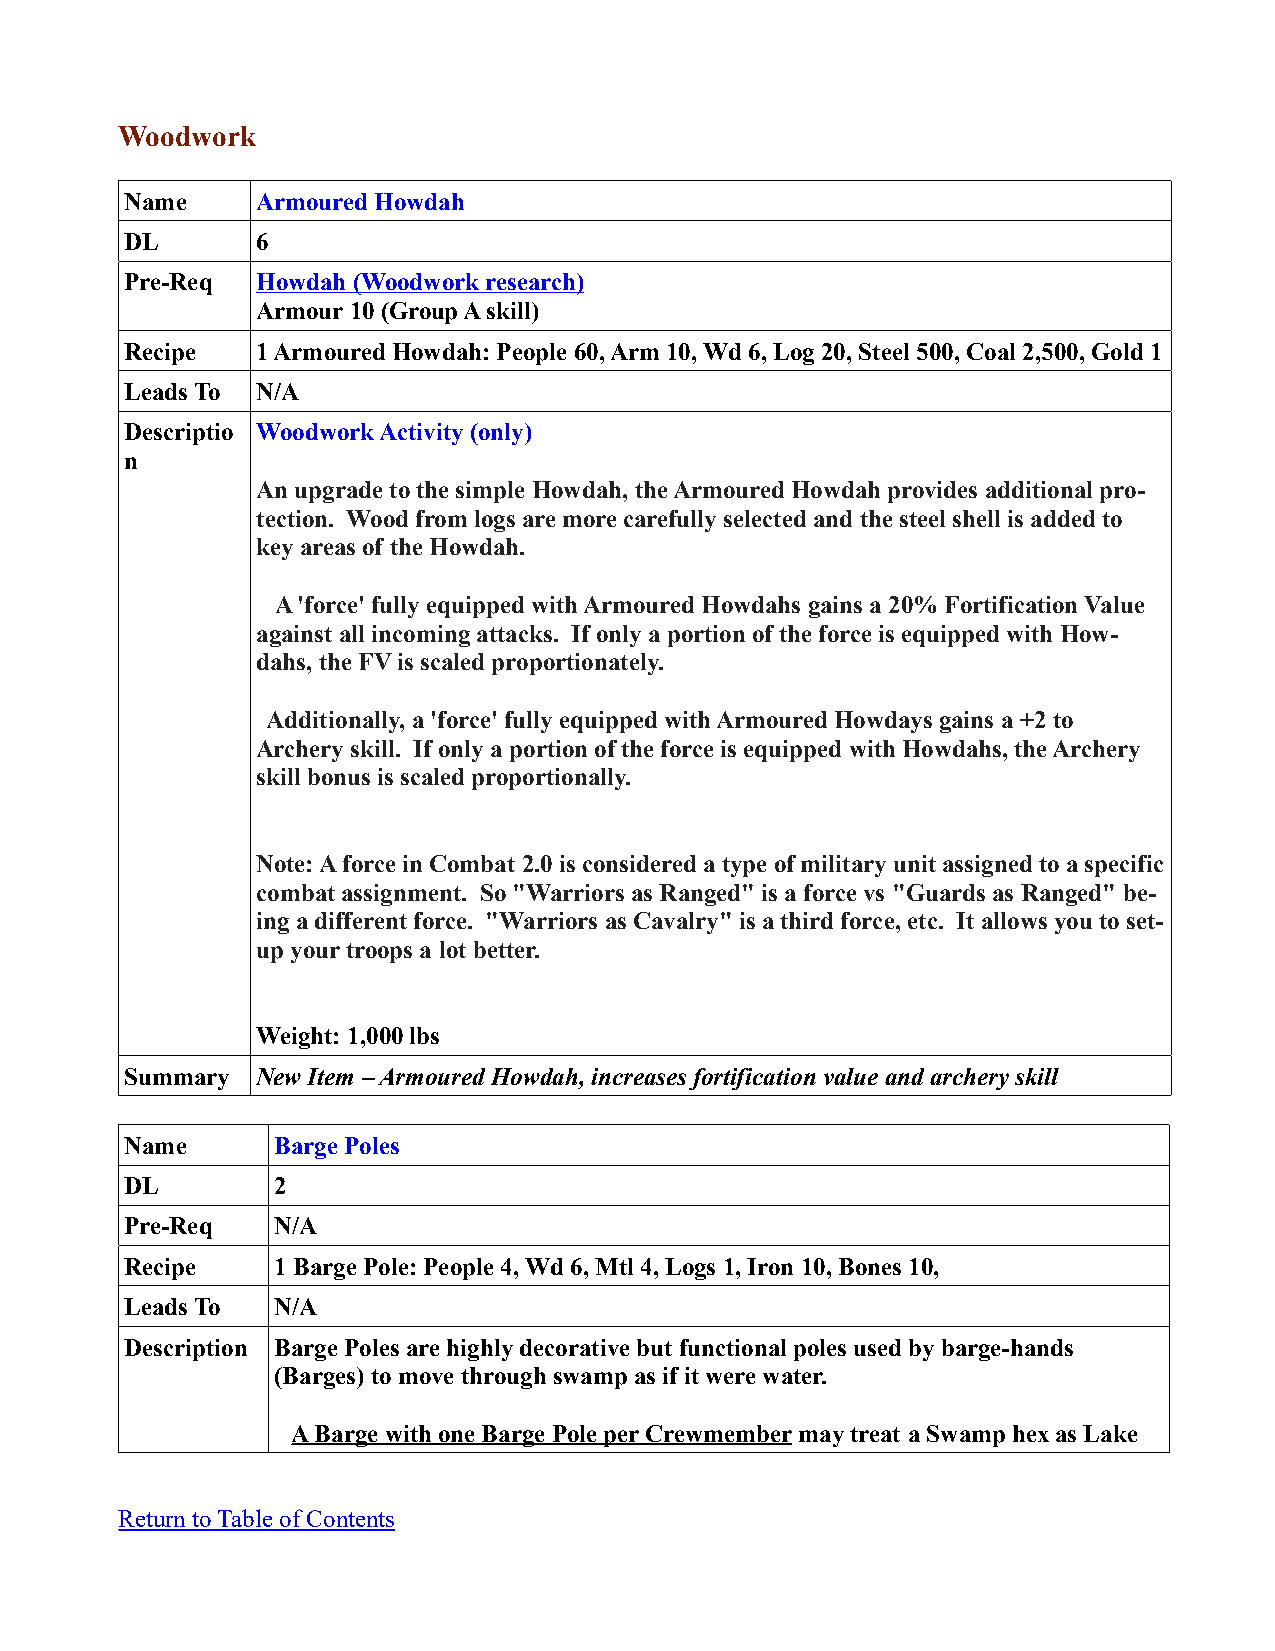
Woodwork
 Name     Armoured Howdah
 DL       6
 Pre-Req  Howdah (Woodwork research)
 Armour 10 (Group A skill)
 Recipe   1 Armoured Howdah: People 60, Arm 10, Wd 6, Log 20, Steel 500, Coal 2,500, Gold 1
 Leads To N/A
 Descriptio Woodwork Activity (only)
 n
 An upgrade to the simple Howdah, the Armoured Howdah provides additional pro-
 tection. Wood from logs are more carefully selected and the steel shell is added to
 key areas of the Howdah.
 A 'force' fully equipped with Armoured Howdahs gains a 20% Fortification Value
 against all incoming attacks. If only a portion of the force is equipped with How-
 dahs, the FV is scaled proportionately.
 Additionally, a 'force' fully equipped with Armoured Howdays gains a +2 to
 Archery skill. If only a portion of the force is equipped with Howdahs, the Archery
 skill bonus is scaled proportionally.
 Note: A force in Combat 2.0 is considered a type of military unit assigned to a specific
 combat assignment. So "Warriors as Ranged" is a force vs "Guards as Ranged" be-
 ing a different force. "Warriors as Cavalry" is a third force, etc. It allows you to set-
 up your troops a lot better.
 Weight: 1,000 lbs
 Summary  New Item – Armoured Howdah, increases fortification value and archery skill
 Name      Barge Poles
 DL        2
 Pre-Req   N/A
 Recipe    1 Barge Pole: People 4, Wd 6, Mtl 4, Logs 1, Iron 10, Bones 10,
 Leads To  N/A
 Description Barge Poles are highly decorative but functional poles used by barge-hands
 (Barges) to move through swamp as if it were water.
 A Barge with one Barge Pole per Crewmember may treat a Swamp hex as Lake
 Return to Table of Contents